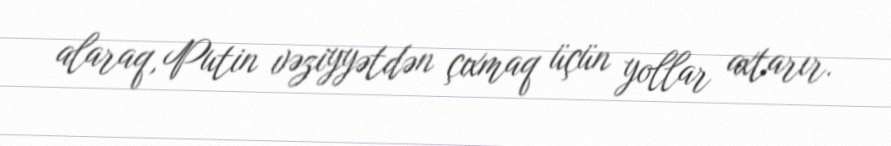
alaraq, Putin vəziyyətdən çıxmaq üçün yollar axtarır.